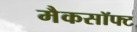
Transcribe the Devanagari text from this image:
मैकसॉफ्ट